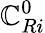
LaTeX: \mathbb{C}_{Ri}^{0}